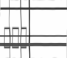
١٠٨